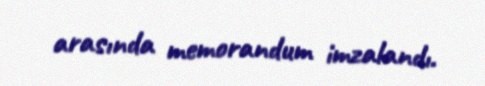
arasında memorandum imzalandı.